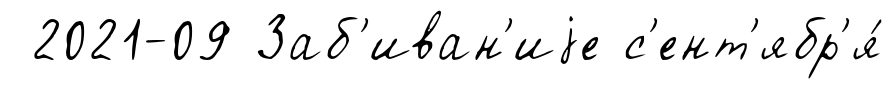
2021-09 Заб'иван'иjе с'ент'ябр'я́